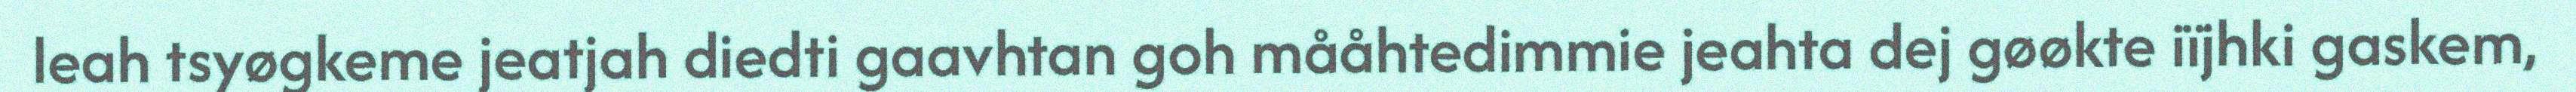
leah tsyøgkeme jeatjah diedti gaavhtan goh mååhtedimmie jeahta dej gøøkte iïjhki gaskem,